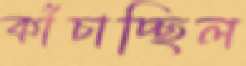
কাঁচাচ্ছিল